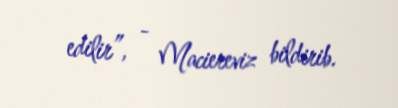
edilir”, - Maciereviz bildirib.